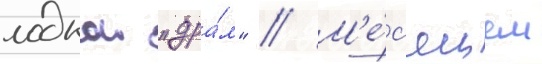
лодкои "дра́м" // М'е́с'яцем